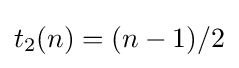
t_{2}(n)=(n-1)/2